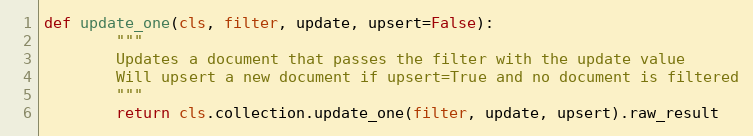
Language: Python
def update_one(cls, filter, update, upsert=False):
        """
        Updates a document that passes the filter with the update value
        Will upsert a new document if upsert=True and no document is filtered
        """
        return cls.collection.update_one(filter, update, upsert).raw_result